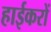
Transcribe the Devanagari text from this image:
हाईकरों